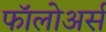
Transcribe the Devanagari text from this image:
फॉलोअर्स